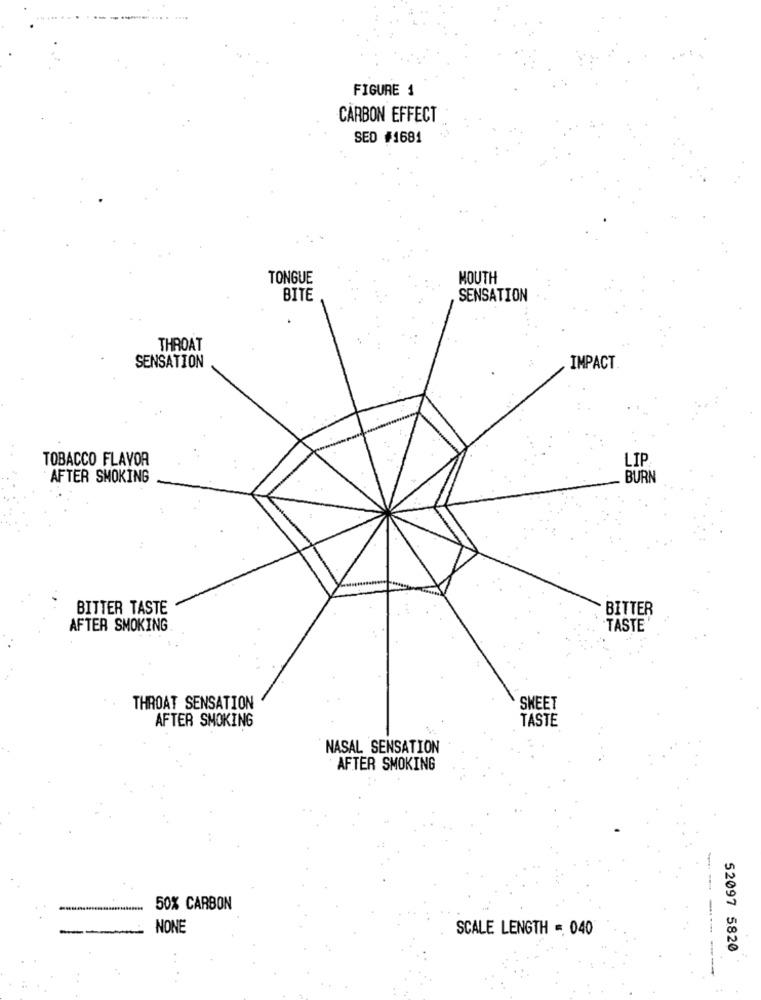
.......
FIGURE 1
CARBON EFFECT
SED #1681
TONGUE
MOUTH
BITE
SENSATION
THROAT
SENSATION
IMPACT
TOBACCO FLAVOR
LIP
AFTER SMOKING
BURN
BITTER TASTE
BITTER
AFTER SMOKING
TASTE'
THROAT SENSATION
SHEET
TASTE
AFTER SMOKING
NASAL SENSATION
AFTER SMOKING
-
50% CARBON
NONE
SCALE LENGTH = 040
52097 5820
---- ------